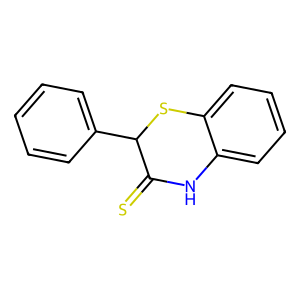
SMILES: S=C1Nc2ccccc2SC1c1ccccc1
Inhibits HIV replication: No